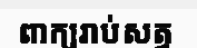
ពាក្យរាប់សត្វ